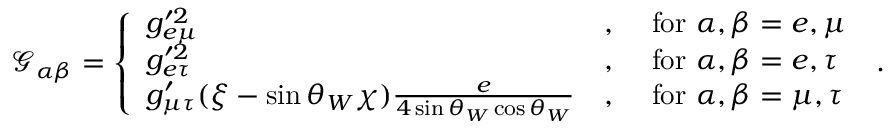
\mathcal { G } _ { \alpha \beta } = \left\{ \begin{array} { l l l } { g _ { e \mu } ^ { \prime 2 } } & { , } & { ~ \mathrm { f o r } ~ \alpha , \beta = e , \mu } \\ { g _ { e \tau } ^ { \prime 2 } } & { , } & { ~ \mathrm { f o r } ~ \alpha , \beta = e , \tau } \\ { g _ { \mu \tau } ^ { \prime } ( \xi - \sin \theta _ { W } \chi ) \frac { e } { 4 \sin \theta _ { W } \cos \theta _ { W } } } & { , } & { ~ \mathrm { f o r } ~ \alpha , \beta = \mu , \tau } \end{array} \right. \; .